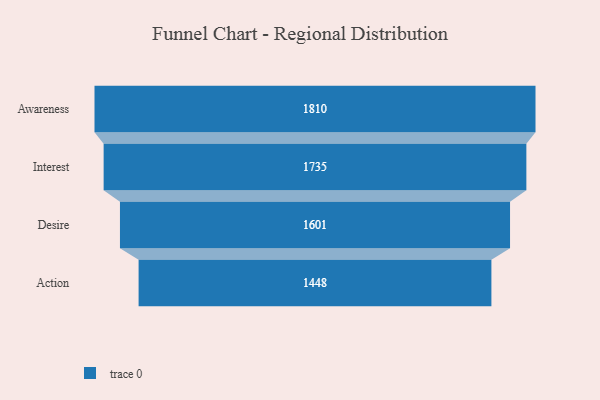
{"axis": {"x": "Stage", "y": "Value"}, "legend": [""], "data": [{"x": "Awareness", "y": 1810.0, "type": ""}, {"x": "Interest", "y": 1735.0, "type": ""}, {"x": "Desire", "y": 1601.0, "type": ""}, {"x": "Action", "y": 1448.0, "type": ""}]}